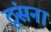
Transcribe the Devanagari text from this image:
ठूंसना